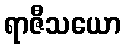
ရာဇီသယော